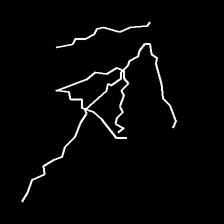
Glyph: pull